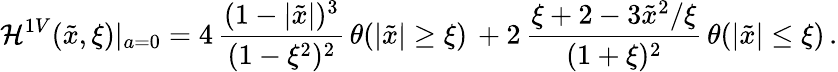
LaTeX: \mathcal{H}^{1V}(\tilde{{x}},\xi)|_{a=0}=4\, \frac{{(1-|\tilde{{x}}|)^{3}}}{{(1-\xi^{2})^{2}}}\, \theta(|\tilde{{x}}|\geq\xi)\, +2\, \frac{{\xi+2-3\tilde{{x}}^{2}/\xi}}{{(1+\xi)^{2}}}\, \theta(|\tilde{{x}}|\leq\xi)\, .